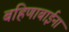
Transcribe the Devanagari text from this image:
बहिणाबाईना